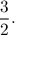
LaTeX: { \frac { 3 } { 2 } } .